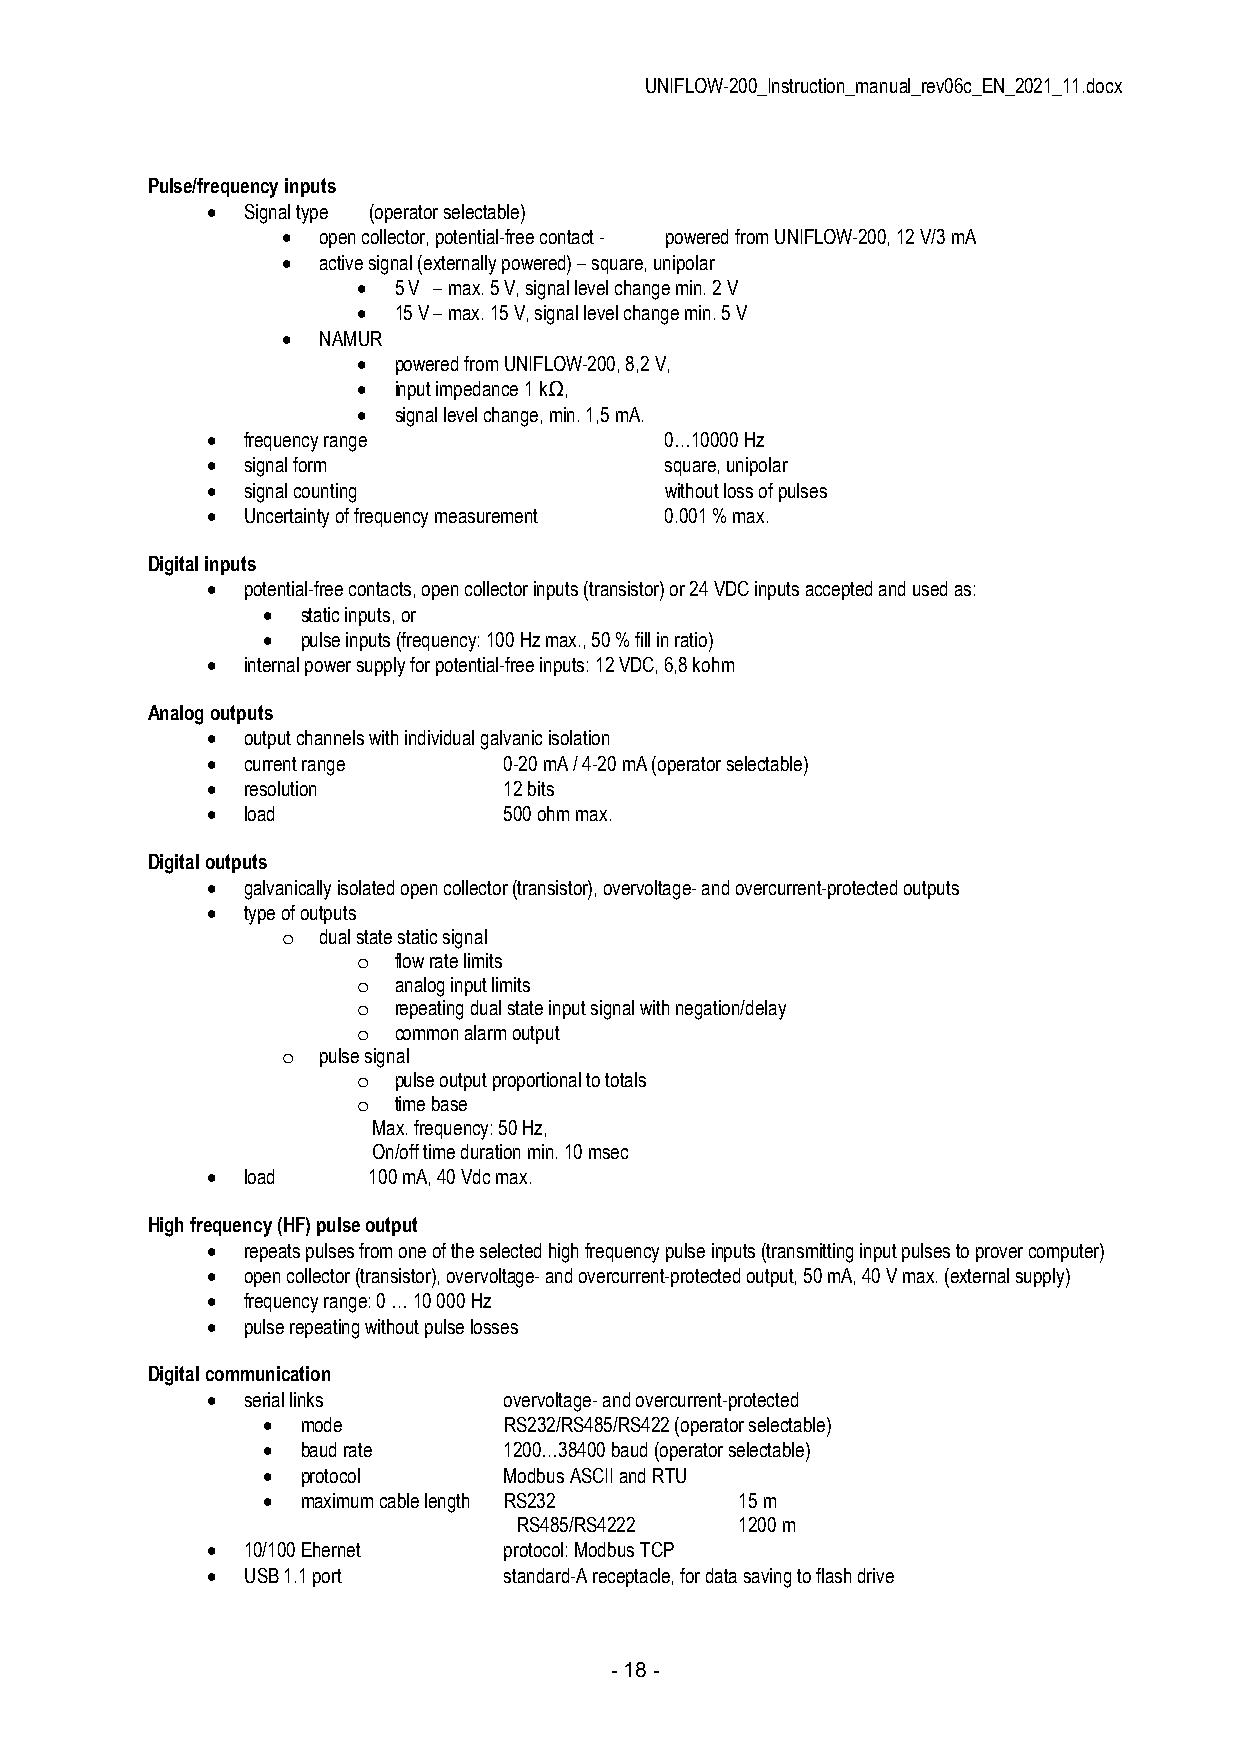
UNIFLOW-200_Instruction_manual_rev06c_EN_2021_11.docx
 Pulse/frequency inputs
  Signal type (operator selectable)
  open collector, potential-free contact - powered from UNIFLOW-200, 12 V/3 mA
  active signal (externally powered) – square, unipolar
  5 V – max. 5 V, signal level change min. 2 V
  15 V – max. 15 V, signal level change min. 5 V
  NAMUR
  powered from UNIFLOW-200, 8,2 V,
  input impedance 1 kΩ,
  signal level change, min. 1,5 mA.
  frequency range             0…10000 Hz
  signal form                 square, unipolar
  signal counting             without loss of pulses
  Uncertainty of frequency measurement 0.001 % max.
 Digital inputs
  potential-free contacts, open collector inputs (transistor) or 24 VDC inputs accepted and used as:
   static inputs, or
   pulse inputs (frequency: 100 Hz max., 50 % fill in ratio)
  internal power supply for potential-free inputs: 12 VDC, 6,8 kohm
 Analog outputs
  output channels with individual galvanic isolation
  current range    0-20 mA / 4-20 mA (operator selectable)
  resolution       12 bits
  load             500 ohm max.
 Digital outputs
  galvanically isolated open collector (transistor), overvoltage- and overcurrent-protected outputs
  type of outputs
 o dual state static signal
 o flow rate limits
 o analog input limits
 o repeating dual state input signal with negation/delay
 o common alarm output
 o pulse signal
 o pulse output proportional to totals
 o time base
 Max. frequency: 50 Hz,
 On/off time duration min. 10 msec
  load    100 mA, 40 Vdc max.
 High frequency (HF) pulse output
  repeats pulses from one of the selected high frequency pulse inputs (transmitting input pulses to prover computer)
  open collector (transistor), overvoltage- and overcurrent-protected output, 50 mA, 40 V max. (external supply)
  frequency range: 0 … 10 000 Hz
  pulse repeating without pulse losses
 Digital communication
  serial links     overvoltage- and overcurrent-protected
   mode         RS232/RS485/RS422 (operator selectable)
   baud rate    1200…38400 baud (operator selectable)
   protocol     Modbus ASCII and RTU
   maximum cable length RS232   15 m
 RS485/RS4222   1200 m
  10/100 Ehernet   protocol: Modbus TCP
  USB 1.1 port     standard-A receptacle, for data saving to flash drive
 - 18 -